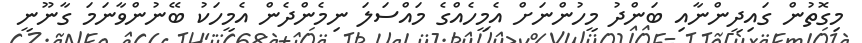
މިގޮތުން ގައިދީންނާއި ބަންދު މީހުންނަށް އެމީހެއްގެ މައްސަލަ ނިމެންދެން އެމީހަކު ބޭނުންވާނަމަ ގާނޫނީ